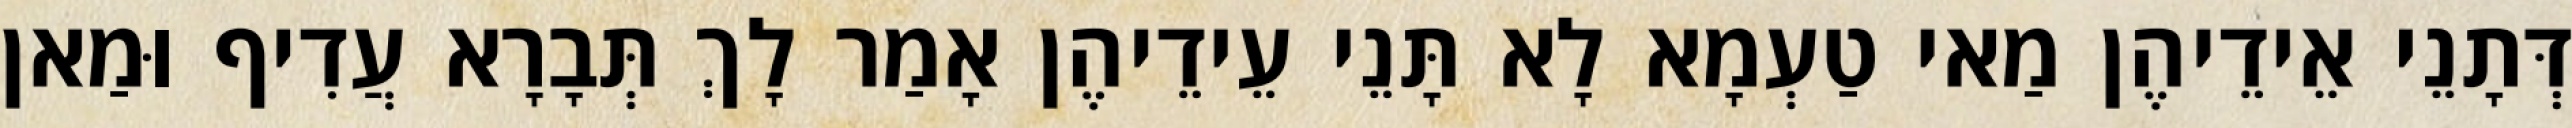
דְּתָנֵי אֵידֵיהֶן מַאי טַעְמָא לָא תָּנֵי עֵידֵיהֶן אָמַר לָךְ תְּבָרָא עֲדִיף וּמַאן